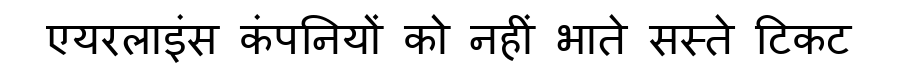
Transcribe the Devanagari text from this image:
एयरलाइंस कंपनियों को नहीं भाते सस्ते टिकट